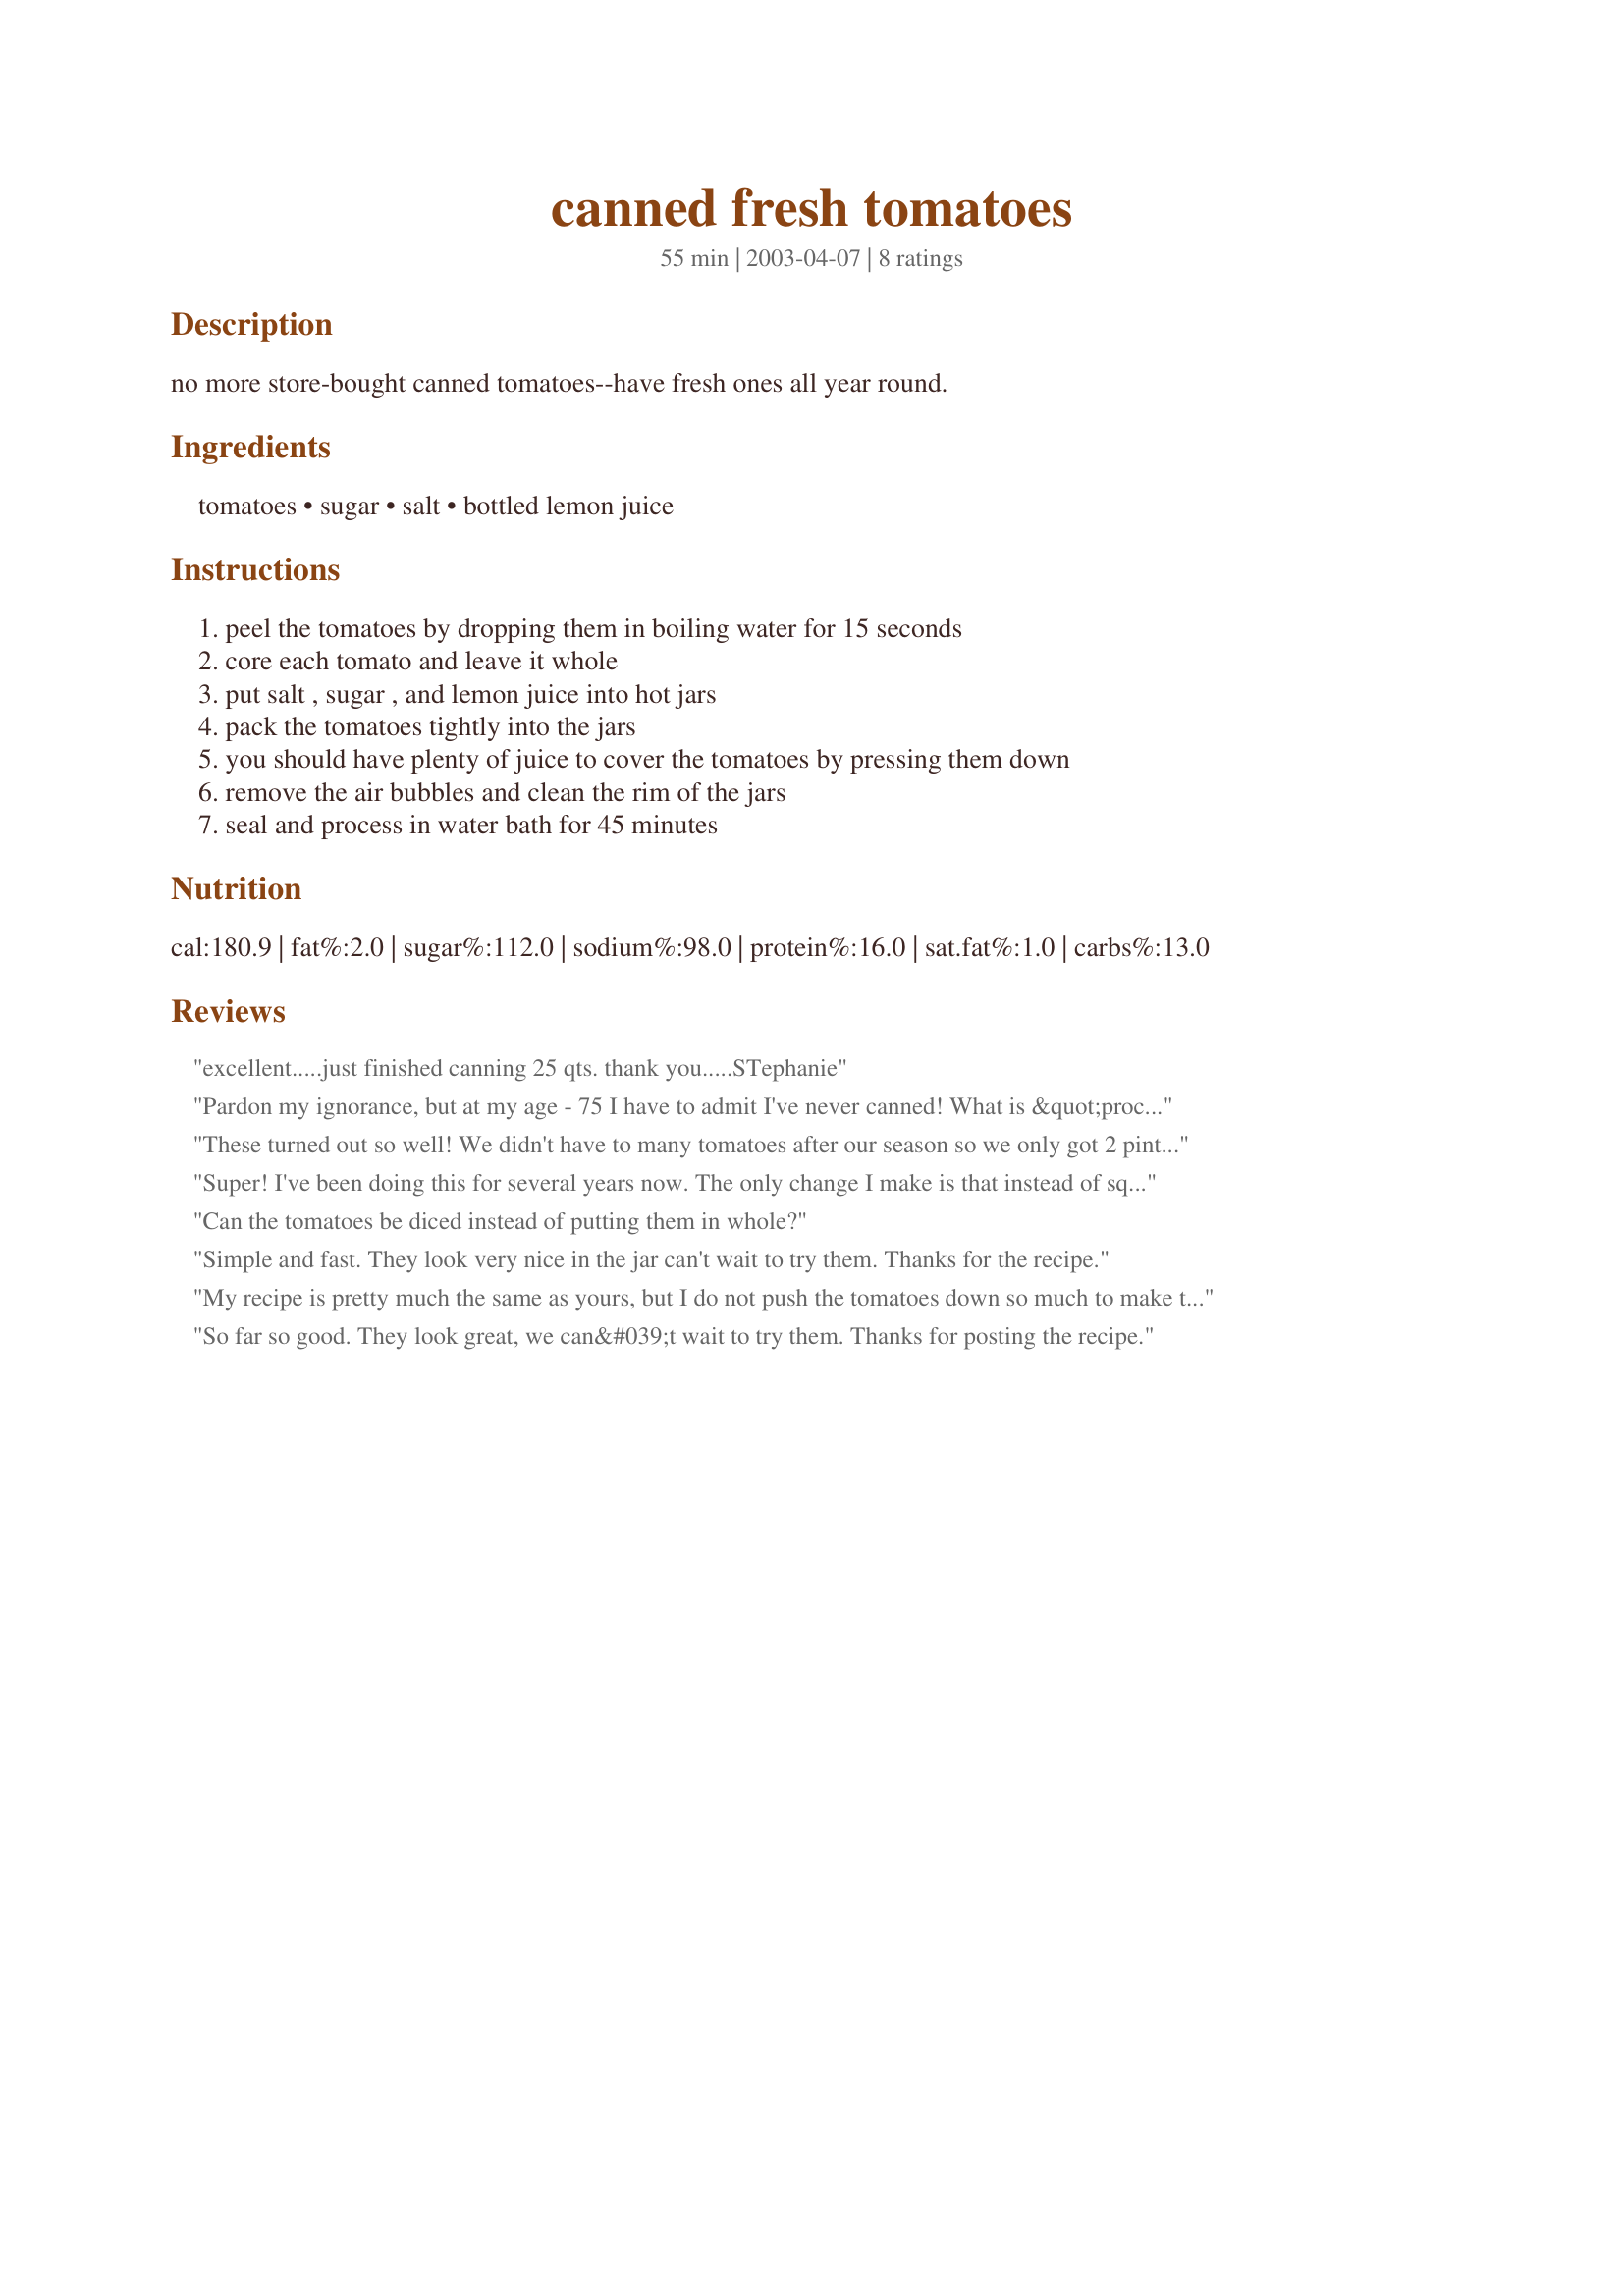
canned fresh tomatoes
Preparation time: 55 minutes

no more store-bought canned tomatoes--have fresh ones all year round.

Ingredients:
tomatoes, sugar, salt, bottled lemon juice

Steps:
peel the tomatoes by dropping them in boiling water for 15 seconds, core each tomato and leave it whole, put salt , sugar , and lemon juice into hot jars, pack the tomatoes tightly into the jars, you should have plenty of juice to cover the tomatoes by pressing them down, remove the air bubbles and clean the rim of the jars, seal and process in water bath for 45 minutes

Reviews:
excellent.....just finished canning 25 qts. thank you.....STephanie
Pardon my ignorance, but at my age - 75 I have to admit I've never canned! What is &quot;process in a water bath&quot;
These turned out so well! We didn't have to many tomatoes after our season so we only got 2 pints out of it. 1/2 tsp sugar, 1/2 tsp salt and 1 Tbs lemon juice per pint jar - water bath for 35 min... They look so pretty and fresh! i can't wait to try even more next year!! Thanks so much!!
Super! I've been doing this for several years now. The only change I make is that instead of squishing the tomatoes, I pour boiling water over them to fill the jars. This leaves the tomatoes nice and plump when you open the jars. Thanks for posting!
Can the tomatoes be diced instead of putting them in whole?
Simple and fast. They look very nice in the jar can't wait to try them. Thanks for the recipe.
My recipe is pretty much the same as yours, but I do not push the tomatoes down so much to make the juice in the jar. I pack them loosely in the jar and then I pour hot tomato juice over to 1/2 in. head space. I only process in water bath for 22 min.
NOTE:I only use home made tomato juice.
So far so good. They look great, we can&#039;t wait to try them. Thanks for posting the recipe.
